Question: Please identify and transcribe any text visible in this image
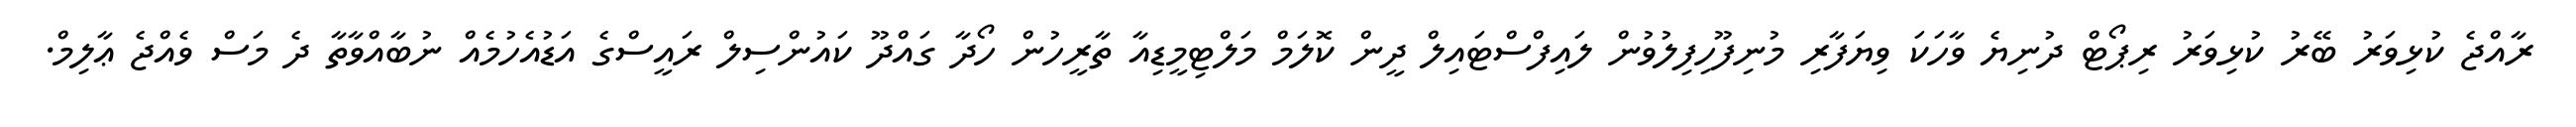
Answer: ރާއްޖެ ކުޅިވަރު ބޭރު ކުޅިވަރު ރިޕޯޓް ދުނިޔެ ވާހަކަ ވިޔަފާރި މުނިފޫހިފިލުވުން ލައިފްސްޓައިލް ދީން ކޮލަމް މަލްޓިމީޑިއާ ތާރީހުން ހޯދާ ގައްދޫ ކައުންސިލް ރައީސްގެ އަޑުއެހުމެއް ނުބާއްވާތާ ދެ މަސް ވެއްޖެ ޢާލިމް.